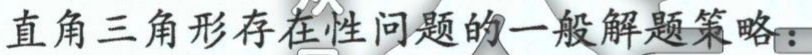
直角三角形存在性问题的一般解题策略：